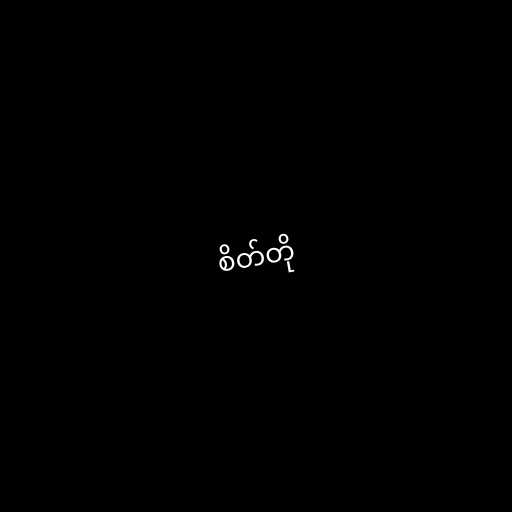
စိတ်တို